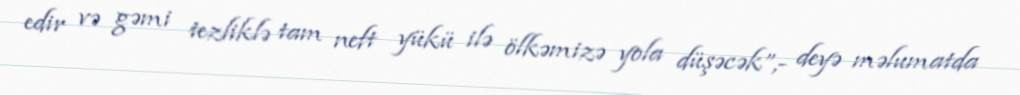
edir və gəmi tezliklə tam neft yükü ilə ölkəmizə yola düşəcək”,- deyə məlumatda